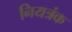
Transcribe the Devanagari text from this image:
नियत्रंक